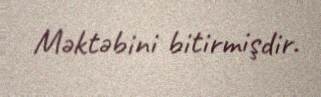
Məktəbini bitirmişdir.